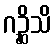
ဂဉ္ဆိသိ